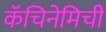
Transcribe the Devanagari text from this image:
कॅचिनेमिची